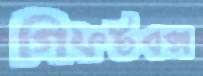
গিফটবক্স